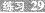
练习 29